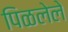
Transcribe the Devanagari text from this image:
पिळलेले